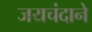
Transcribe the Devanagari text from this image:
जयचंदाने